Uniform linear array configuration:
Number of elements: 8
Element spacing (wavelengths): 0.5
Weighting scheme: blackman
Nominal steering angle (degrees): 0
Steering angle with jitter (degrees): -0.1188
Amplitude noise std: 0.05
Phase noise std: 0.05

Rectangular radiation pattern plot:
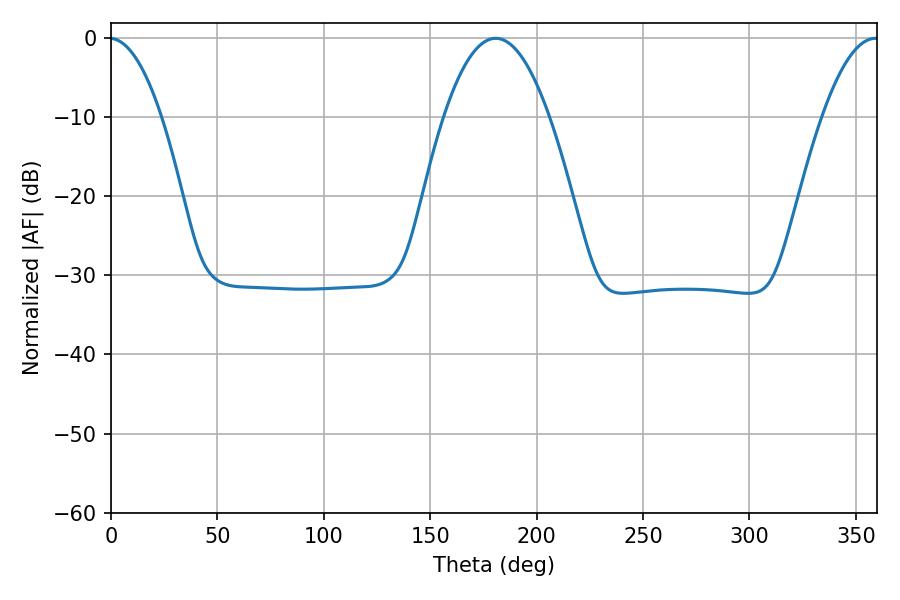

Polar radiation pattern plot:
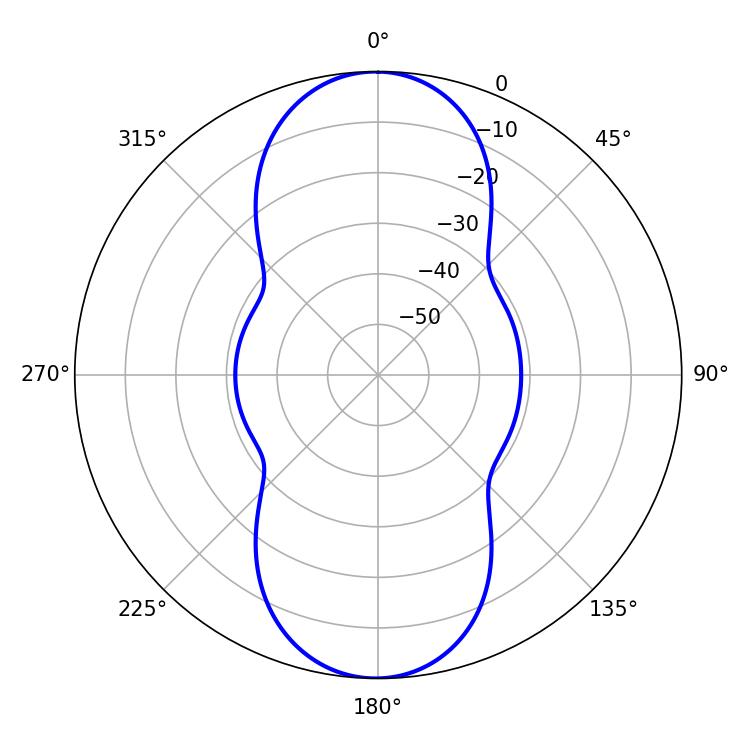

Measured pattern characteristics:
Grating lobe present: FALSE
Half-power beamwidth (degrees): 27.18
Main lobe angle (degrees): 180.72